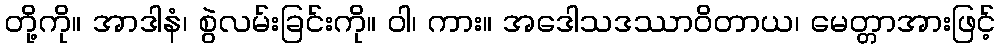
တို့ကို။ အာဒါနံ၊ စွဲလမ်းခြင်းကို။ ဝါ၊ ကား။ အဒေါသဒဿာဝိတာယ၊ မေတ္တာအားဖြင့်